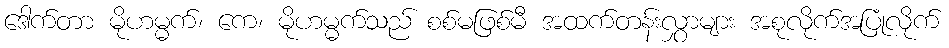
ဒေါက်တာ မိုဟမ္မက်၊ ကေ၊ မိုဟမ္မက်သည် စစ်မဖြစ်မီ အထက်တန်းလွှာများ အစုလိုက်အပြုံလိုက်